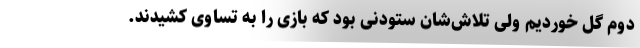
دوم گل خوردیم ولی تلاش‌شان ستودنی بود که بازی را به تساوی کشیدند.